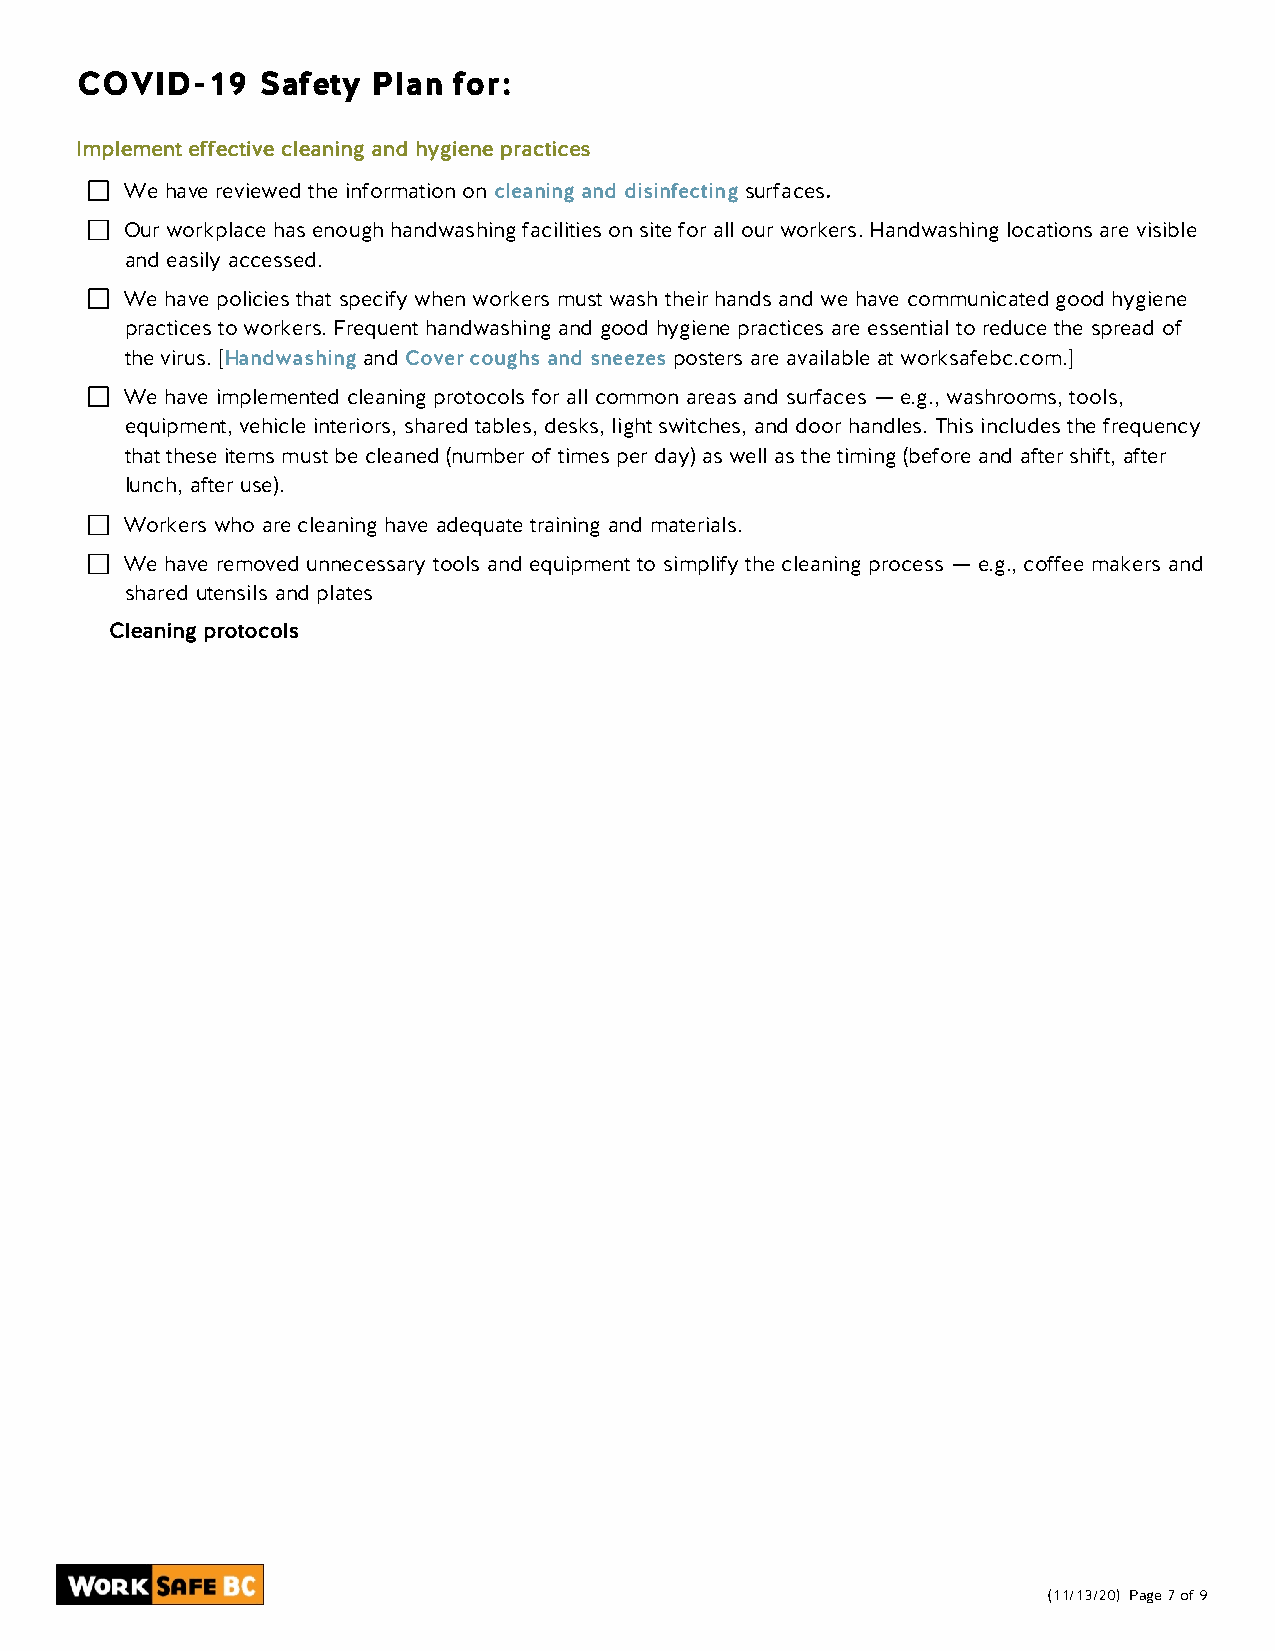
COVID-19    Safety  Plan for:
 Implement effective cleaning and hygiene practices
 We have reviewed the information on cleaning and disinfecting surfaces.
 Our workplace has enough handwashing facilities on site for all our workers. Handwashing locations are visible
 and easily accessed.
 We have policies that specify when workers must wash their hands and we have communicated good hygiene
 practices to workers. Frequent handwashing and good hygiene practices are essential to reduce the spread of
 the virus. [Handwashing and Cover coughs and sneezes posters are available at worksafebc.com.]
 We have implemented cleaning protocols for all common areas and surfaces — e.g., washrooms, tools,
 equipment, vehicle interiors, shared tables, desks, light switches, and door handles. This includes the frequency
 that these items must be cleaned (number of times per day) as well as the timing (before and after shift, after
 lunch, after use).
 Workers who are cleaning have adequate training and materials.
 We have removed unnecessary tools and equipment to simplify the cleaning process — e.g., coffee makers and
 shared utensils and plates
 Cleaning protocols
 (11/13/20) Page 7 of 9